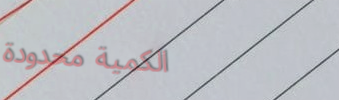
الكمية محدودة